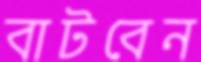
বাটবেন